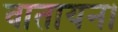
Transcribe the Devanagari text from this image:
वातायन।